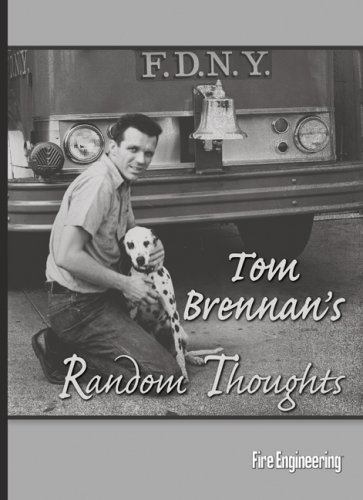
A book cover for Tom Brennan's Random Thoughts; Biographies & Memoirs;